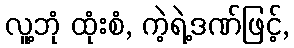
လူ့ဘုံ ထုံးစံ, ကဲ့ရဲ့ဒဏ်ဖြင့်,